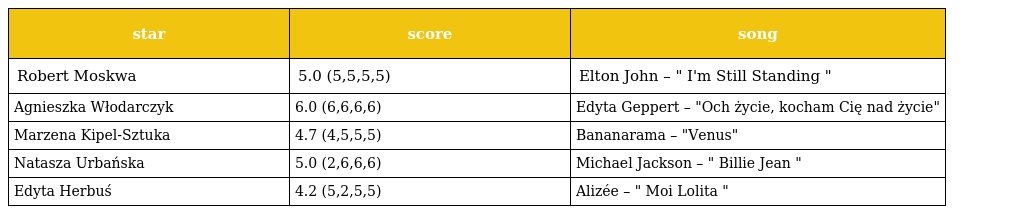
| star | score | song |
 | --- | --- | --- |
 | Robert Moskwa | 5.0 (5,5,5,5) | Elton John – " I'm Still Standing " |
 | Agnieszka Włodarczyk | 6.0 (6,6,6,6) | Edyta Geppert – "Och życie, kocham Cię nad życie" |
 | Marzena Kipel-Sztuka | 4.7 (4,5,5,5) | Bananarama – "Venus" |
 | Natasza Urbańska | 5.0 (2,6,6,6) | Michael Jackson – " Billie Jean " |
 | Edyta Herbuś | 4.2 (5,2,5,5) | Alizée – " Moi Lolita " |